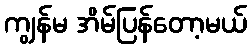
ကျွန်မ အိမ်ပြန်တော့မယ်